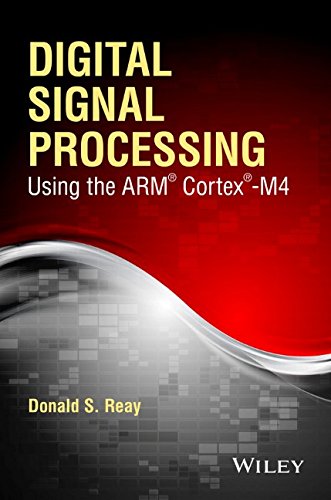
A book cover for Digital Signal Processing Using the ARM Cortex M4; Donald S. Reay; Science & Math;